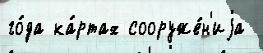
го́да ка́ртах сооруже́н'иjа